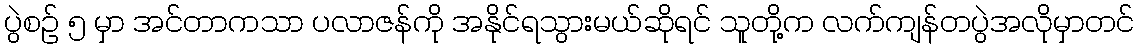
ပွဲစဉ် ၅ မှာ အင်တာကသာ ပလာဇန်ကို အနိုင်ရသွားမယ်ဆိုရင် သူတို့က လက်ကျန်တပွဲအလိုမှာတင်